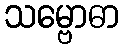
သမ္ဗောဓာ